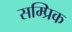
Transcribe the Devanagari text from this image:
सम्प्रिक